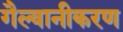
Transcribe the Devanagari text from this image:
गैल्वानीकरण